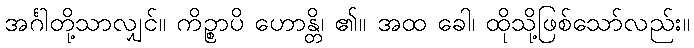
အင်္ဂါတို့သာလျှင်။ ကိဉ္စာပိ ဟောန္တိ၊ ၏။ အထ ခေါ၊ ထိုသို့ဖြစ်သော်လည်း။